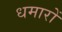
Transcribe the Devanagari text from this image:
धमारों